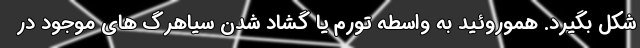
شکل بگیرد. هموروئید به واسطه تورم یا گشاد شدن سیاهرگ های موجود در